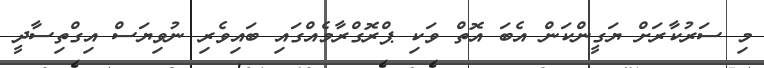
މި ސަރުކާރަށް ޔަގީންކަން އެބަ އޮތް ވަކި ޕްރޮގްރާމެއްގައި ބައިވެރި ނުވިޔަސް އިގްތިސާދީ